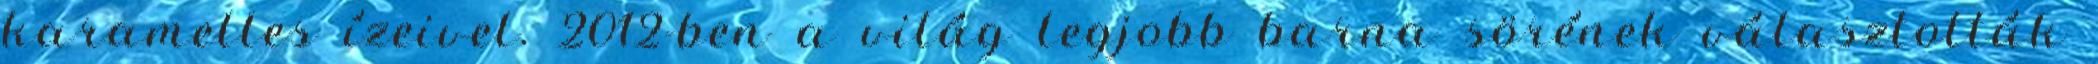
karamelles ízeivel. 2012-ben a világ legjobb barna sörének választották